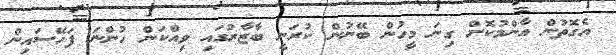
އެގޮތުން އާންމުކޮށް ގިނަ މީީހުން ބޭޭނުން ކުރަނީ ބާޒާރުގައި ވިއްކަން ހުންނަ ފަހޭސައިން